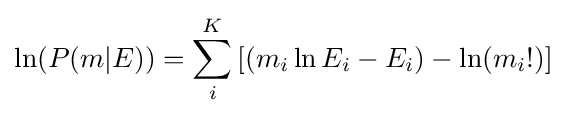
\ln(P(m\vert E))=\sum _{i}^{K}\left[(m_{i}\ln E_{i}-E_{i})-\ln(m_{i}!)\right]